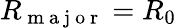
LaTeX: R_{\mathrm{~m~a~j~o~r~}}=R_{0}